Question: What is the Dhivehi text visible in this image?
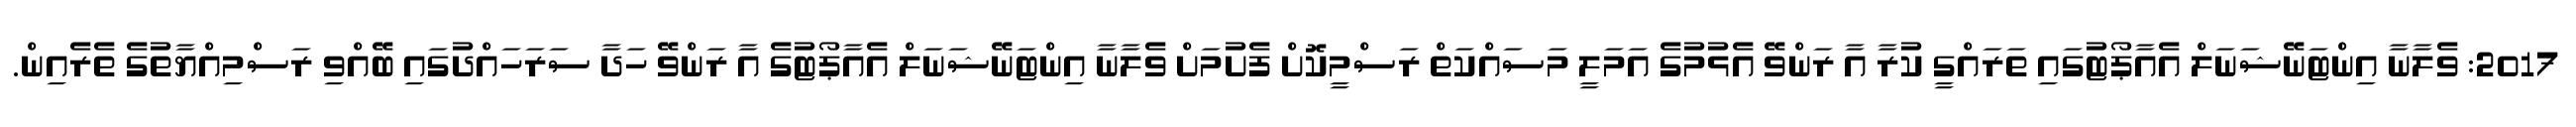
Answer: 2017: ވެލާނާ އިންޓަނޭޝަނަލް އެއާޕޯޓުގައި ތަރައްގީ ކުރާ އާ ރަންވޭ އެޅުމުގެ އަމަލީ މަސައްކަތް ރަސްމީކޮށް ފެށުމަށް ވެލާނާ އިންޓަނޭޝަނަލް އެއާޕޯޓުގެ އާ ރަންވޭ ހަދާ ސަރަހައްދުގައި ބޭއްވި ރަސްމިއްޔާތުގެ ތެރެއިން.